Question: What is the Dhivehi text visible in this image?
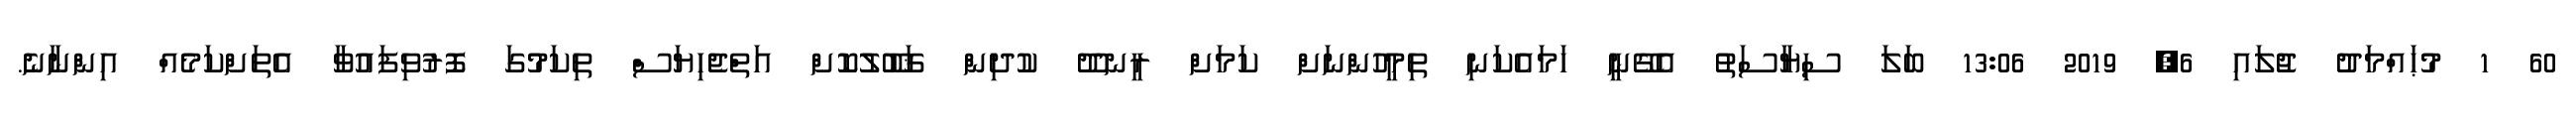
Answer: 60 1 މުޙައްމަދު ޖުލައި 6, 2019 13:06 ބަލަ ސިޔާސަތު އެގޭނީ ހަމައެކަނި ތިމީހުންނަށް ކަމަށް ރީނދޫ ކުދިން ޤަބޫލުކޮށް އަތްޖެހިޔަސް ތިކަމުގަ ފޮރުވިފައުވާ އެތަށްކަމެއް އިންނާނެ.